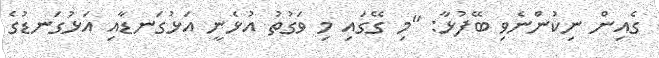
ގެއިން ނިކުންނެވި ބޭފުޅާ: "މި ގޭގައި މި ވަގުތު އުޅެނީ އަޅުގަނޑާއި އަޅުގަނޑުގެ